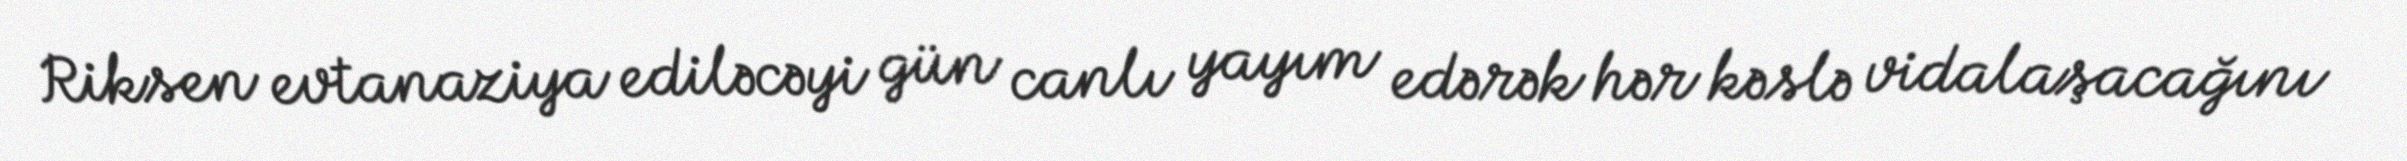
Riksen evtanaziya ediləcəyi gün canlı yayım edərək hər kəslə vidalaşacağını